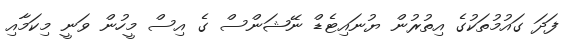
ފަދަ ގައުމުތަކުގެ އިތުރުން ޔުނައިޓެޑް ނޭޝަންސް ގެ އިސް މީހުން ވަނީ މިކަމާއި